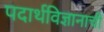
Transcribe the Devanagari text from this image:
पदार्थविज्ञानाची